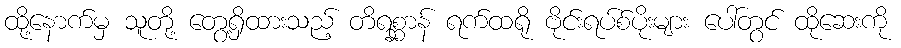
ထို့နောက်မှ သူတို့ တွေ့ရှိထားသည့် တိရစ္ဆာန် ရက်ထရို ဗိုင်းရပ်စ်ပိုးများ ပေါ်တွင် ထိုဆေးကို